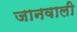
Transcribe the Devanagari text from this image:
जानवाली